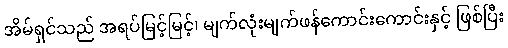
အိမ်ရှင်သည် အရပ်မြင့်မြင့်၊ မျက်လုံးမျက်ဖန်ကောင်းကောင်းနှင့် ဖြစ်ပြီး